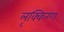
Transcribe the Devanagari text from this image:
लृक्किरण